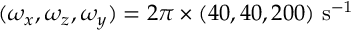
( \omega _ { x } , \omega _ { z } , \omega _ { y } ) = 2 \pi \times ( 4 0 , 4 0 , 2 0 0 ) ~ \mathrm { { s ^ { - 1 } } }